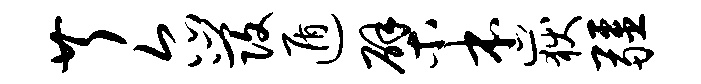
芹尔发遁檗本岳疆